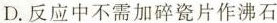
D. 反应中不需加碎瓷片作沸石